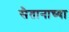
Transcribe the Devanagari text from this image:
सैतानाच्या